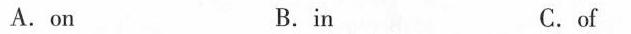
A. on B.in C. of